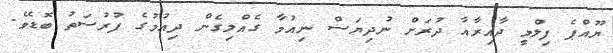
ޔޫއްޕެ ފިލްމީ ދާއިރާއާ ދުރަށް ނުދިޔަސް ނިއުމާ ގެއްލިގެން ދިއުމުގެ ފުރުސަތު ބޮޑެވެ.